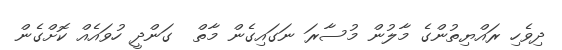
ދިވެހި ރައްޔިތުންގެ މާލުން މުސާރަ ނަގައިގެން މާތް  ގަންދީ ހުވައެއް ކޮށްގެން